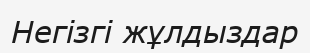
Негізгі жұлдыздар